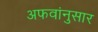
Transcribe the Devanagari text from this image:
अफवांनुसार